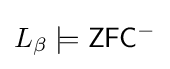
L_{\beta }\models {\mathsf {ZFC^{-}}}